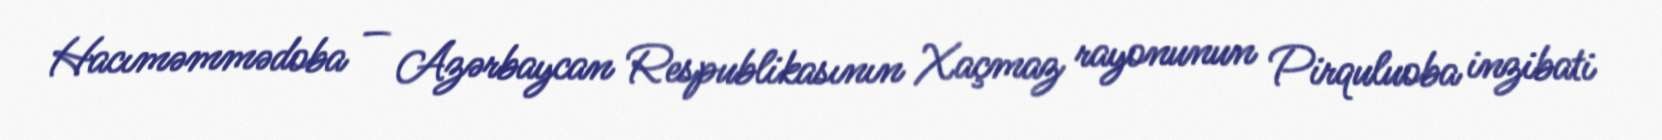
Hacıməmmədoba — Azərbaycan Respublikasının Xaçmaz rayonunun Pirquluoba inzibati